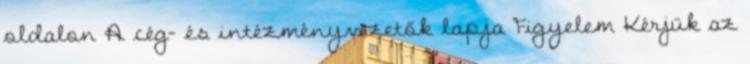
oldalon A cég- és intézményvezetők lapja Figyelem Kérjük az